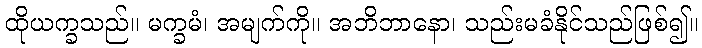
ထိုယက္ခသည်။ မက္ခမံ၊ အမျက်ကို။ အဘိဘာနော၊ သည်းမခံနိုင်သည်ဖြစ်၍။